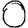
Digit: 0